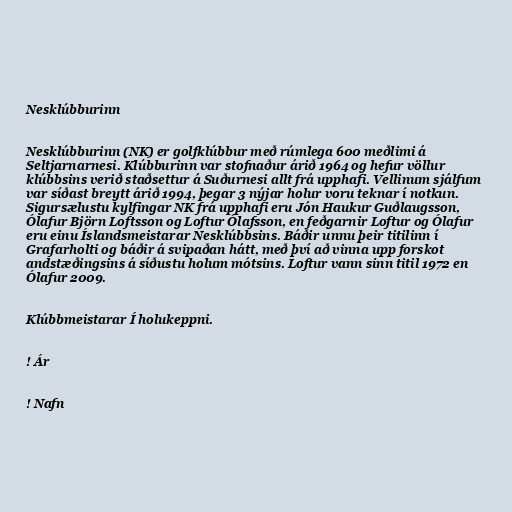
Nesklúbburinn

Nesklúbburinn (NK) er golfklúbbur með rúmlega 600 meðlimi á
Seltjarnarnesi. Klúbburinn var stofnaður árið 1964 og hefur völlur
klúbbsins verið staðsettur á Suðurnesi allt frá upphafi. Vellinum sjálfum
var síðast breytt árið 1994, þegar 3 nýjar holur voru teknar í notkun.
Sigursælustu kylfingar NK frá upphafi eru Jón Haukur Guðlaugsson,
Ólafur Björn Loftsson og Loftur Ólafsson, en feðgarnir Loftur og Ólafur
eru einu Íslandsmeistarar Nesklúbbsins. Báðir unnu þeir titilinn í
Grafarholti og báðir á svipaðan hátt, með því að vinna upp forskot
andstæðingsins á síðustu holum mótsins. Loftur vann sinn titil 1972 en
Ólafur 2009.

Klúbbmeistarar Í holukeppni.

! Ár

! Nafn